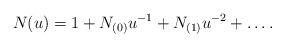
LaTeX: \begin{align*}N(u)=1+N_{(0)}u^{-1}+N_{(1)}u^{-2}+\ldots.\end{align*}